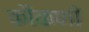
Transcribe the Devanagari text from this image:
कौकणी